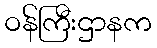
ဝန်ကြီးဌာနက